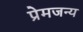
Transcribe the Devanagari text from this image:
प्रेमजन्य